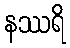
နဿရိ